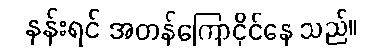
နန်းရင် အတန်ကြောငိုင်နေ သည်။